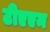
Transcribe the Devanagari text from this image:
टीएएम